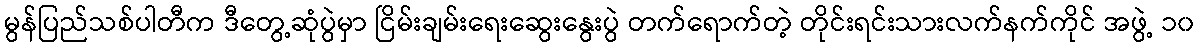
မွန်ပြည်သစ်ပါတီက ဒီတွေ့ဆုံပွဲမှာ ငြိမ်းချမ်းရေးဆွေးနွေးပွဲ တက်ရောက်တဲ့ တိုင်းရင်းသားလက်နက်ကိုင် အဖွဲ့ ၁၀